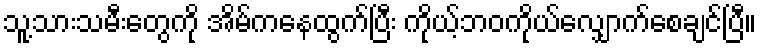
သူ့သားသမီးတွေကို အိမ်ကနေထွက်ပြီး ကိုယ့်ဘဝကိုယ်လျှောက်စေချင်ပြီ။